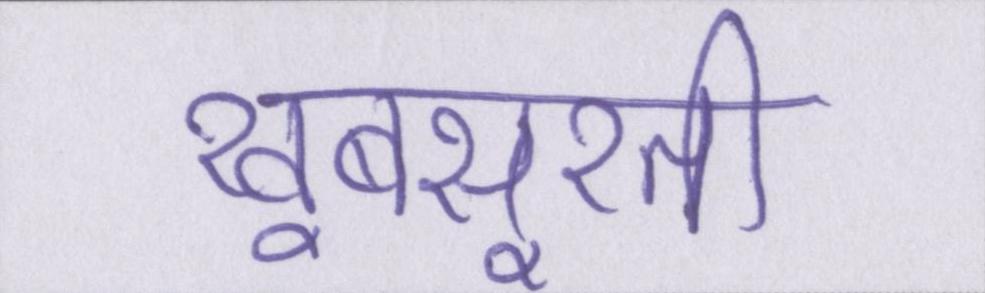
खूबसूरती